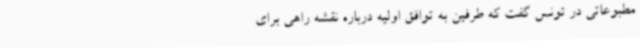
مطبوعاتی در تونس گفت که طرفین به توافق اولیه درباره نقشه راهی برای